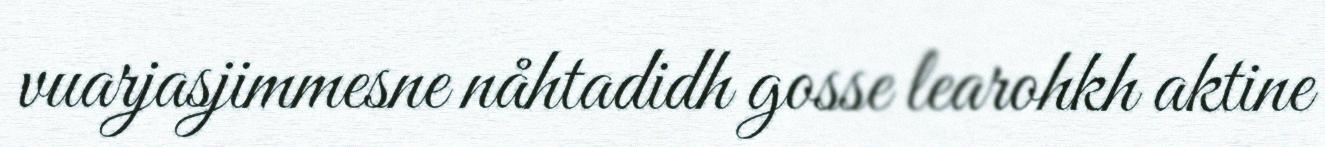
vuarjasjimmesne nåhtadidh gosse learohkh aktine